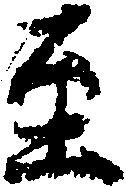
至